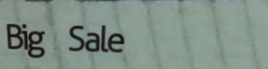
Big Sale